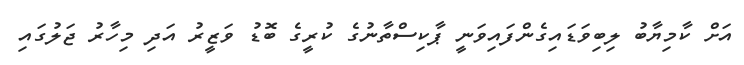
އަށް ކާމިޔާބު ލިބިވަޑައިގެންފައިވަނީ ޕާކިސްތާނުގެ ކުރީގެ ބޮޑު ވަޒީރު އަދި މިހާރު ޖަލުގައި